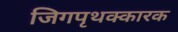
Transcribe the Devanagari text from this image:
जिगपृथक्कारक